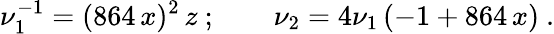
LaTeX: \nu_{1}^{-1}=(864\, x)^{2}\, z\ ;\qquad\nu_{2}=4\nu_{1}\, (-1+864\, x)\ .